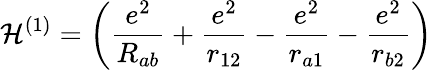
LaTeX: {\mathcal{H}}^{(1)}=\left({\frac{e^{2}}{R_{ab}}}+{\frac{e^{2}}{r_{12}}}-{\frac{e^{2}}{r_{a1}}}-{\frac{e^{2}}{r_{b2}}}\right)